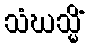
သံဃသ္မိံ